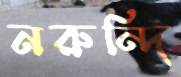
নরুন্দি